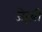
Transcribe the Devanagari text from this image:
जेरूबी